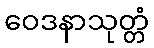
ဝေဒနာသုတ္တံ